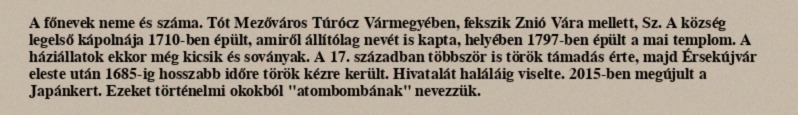
A főnevek neme és száma. Tót Mezőváros Túrócz Vármegyében, fekszik Znió Vára mellett, Sz. A község legelső kápolnája 1710-ben épült, amiről állítólag nevét is kapta, helyében 1797-ben épült a mai templom. A háziállatok ekkor még kicsik és soványak. A 17. században többször is török támadás érte, majd Érsekújvár eleste után 1685-ig hosszabb időre török kézre került. Hivatalát haláláig viselte. 2015-ben megújult a Japánkert. Ezeket történelmi okokból "atombombának" nevezzük.